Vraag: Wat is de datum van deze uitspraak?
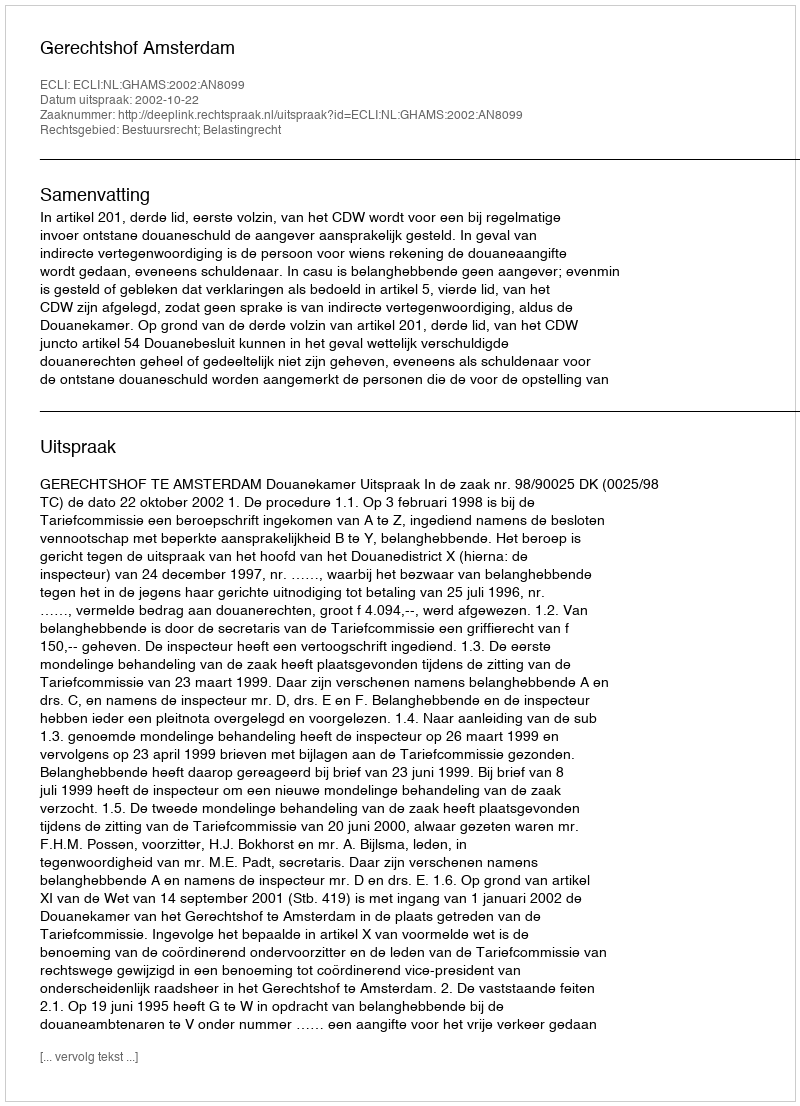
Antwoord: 2002-10-22